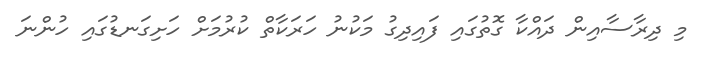
މި ދިރާސާއިން ދައްކާ ގޮތުގައި ފައިދިގު މަކުނު ހަރަކާތް ކުރުމަށް ހަށިގަނޑުގައި ހުންނަ